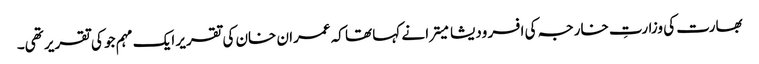
بھارت کی وزارتِ خارجہ کی افسر ودیشا میترا نے کہا تھا کہ عمران خان کی تقریر ایک مہم جو کی تقریر تھی۔